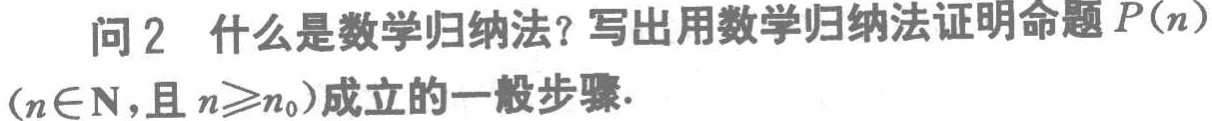
问2 什么是数学归纳法？写出用数学归纳法证明命题\(P(n)\)（\(n\in\mathbf{N}\)，且\(n\geqslant n_0\)）成立的一般步骤.